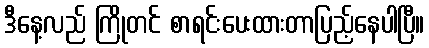
ဒီနေ့လည် ကြိုတင် စာရင်းပေးထားတာပြည့်နေပါပြီ။